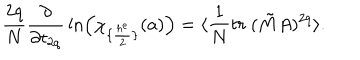
{ \frac { 2 q } { N } } { \frac { \partial } { \partial t _ { 2 q } } } \ln \Bigl ( \chi _ { \{ { \frac { h ^ { e } } { 2 } } \} } ( a ) \Bigr ) = \langle { \frac { 1 } { N } } t r ~ ( \tilde { M } A ) ^ { 2 q } \rangle .